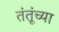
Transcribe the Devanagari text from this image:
तंतूंच्या